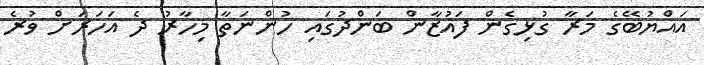
އައްޔުބޭގެ މަރާ ގުޅިގެން ފައުޒާން ބަންދުގައި ހުންނަތާ މިހާރު ދެ އަހަރަށް ވުރެ